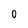
Character: 0